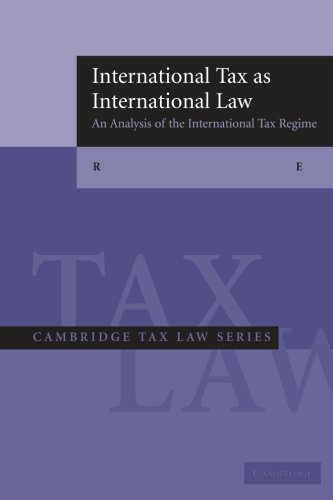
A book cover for International Tax as International Law: An Analysis of the International Tax Regime (Cambridge Tax Law Series); Reuven S. Avi-Yonah; Law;